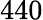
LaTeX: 440